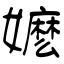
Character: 嬷